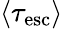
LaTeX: \langle\tau_{\mathrm{esc}}\rangle